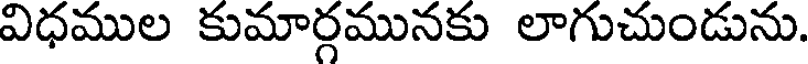
విధముల కుమార్గమునకు లాగుచుండును.